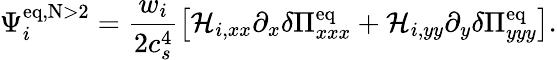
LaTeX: \Psi_{i}^{\mathrm{eq,N>2}}=\frac{w_{i}}{2c_{s}^{4}}\left[\mathcal{H}_{i,xx}\partial_{x}\delta\Pi_{xxx}^{\mathrm{eq}}+\mathcal{H}_{i,yy}\partial_{y}\delta\Pi_{yyy}^{\mathrm{eq}}\right].